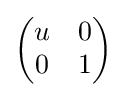
{\begin{pmatrix}u&0\\0&1\end{pmatrix}}